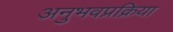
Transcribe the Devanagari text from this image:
अनुभवप्रक्रिया